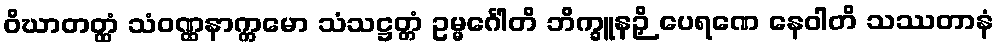
ဝိဃာတတ္ထံ သံဝဏ္ဏနာက္ကမော သံသဋ္ဌတ္တံ ဥမ္မင်္ဂေါတိ ဘိက္ခူနဉှိ ပေရဏေ နေဝါတိ သဿတာနံ